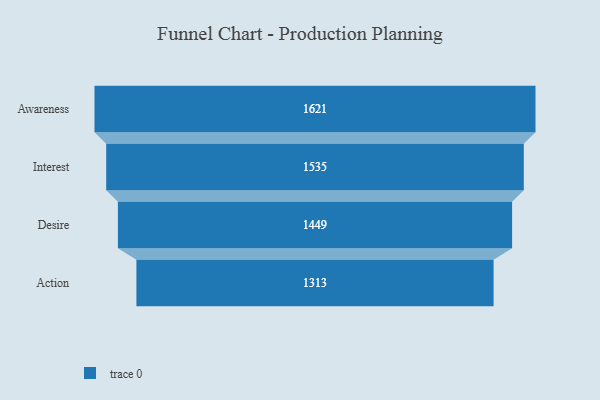
{"axis": {"x": "Stage", "y": "Value"}, "legend": [""], "data": [{"x": "Awareness", "y": 1621.0, "type": ""}, {"x": "Interest", "y": 1535.0, "type": ""}, {"x": "Desire", "y": 1449.0, "type": ""}, {"x": "Action", "y": 1313.0, "type": ""}]}